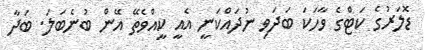
ޑޮލަރުގެ ކަޓްގެ ވާހަކަ ބަދަވި ނުދައްކަނީ އެއީ ކީއްވެތޭ އޭން ބުނެބަލަ. ބަދާ